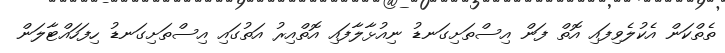
ތެތްކަން އެކުލެވިފައި އޮތް ފަން އިސްތަށިގަނޑު ނިއުޅާލާފައި އޮތްއިރު އަތުގައި އިސްތަށިގަނޑު ހިފަހައްޓާލަން